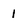
Character: 1